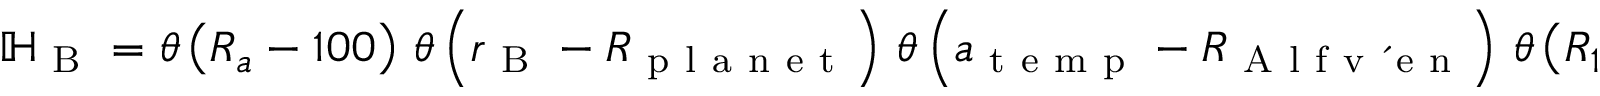
\begin{array} { r } { \mathbb H _ { \mathrm { ~ B ~ } } = \theta \left( R _ { a } - 1 0 0 \right) \, \theta \left( r _ { \mathrm { ~ B ~ } } - R _ { \mathrm { ~ p ~ l ~ a ~ n ~ e ~ t ~ } } \right) \, \theta \left( a _ { \mathrm { ~ t ~ e ~ m ~ p ~ } } - R _ { \mathrm { ~ A ~ l ~ f ~ v ~ \' ~ e ~ n ~ } } \right) \, \theta \left( R _ { 1 } - 1 \right) \, \theta \left( t _ { \mathrm { ~ s ~ o ~ l ~ i ~ d ~ } } - t _ { \star } \right) } \end{array}